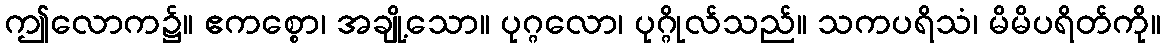
ဤလောက၌။ ဧကစ္စော၊ အချို့သော။ ပုဂ္ဂလော၊ ပုဂ္ဂိုလ်သည်။ သကပရိသံ၊ မိမိပရိတ်ကို။